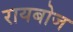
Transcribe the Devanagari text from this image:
रायबोज